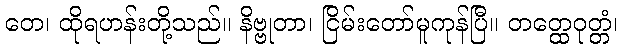
တေ၊ ထိုရဟန်းတို့သည်။ နိဗ္ဗုတာ၊ ငြိမ်းတော်မူကုန်ပြီ။ တတ္ထေဝုတ္တံ၊